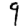
Digit: 9